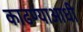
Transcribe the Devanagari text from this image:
काढण्याआधी